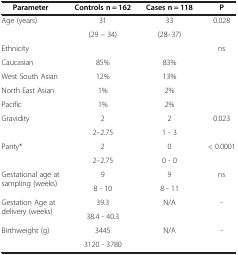
| Parameter | Controls n = 162 | Cases n = 118 | P |
 | --- | --- | --- | --- |
 | <ROWSPAN=2> Age (years) | 31 | 33 | <ROWSPAN=2> 0.028 |
 | (29 – 34) | (28–37) |
 | Ethnicity |  |  | <ROWSPAN=5> ns |
 | Caucasian | 85% | 83% |
 | West South Asian | 12% | 13% |
 | North East Asian | 1% | 2% |
 | Pacific | 1% | 2% |
 | <ROWSPAN=2> Gravidity | 2 | 2 | <ROWSPAN=2> 0.023 |
 | 2–2.75 | 1 - 3 |
 | <ROWSPAN=2> Parity* | 2 | 0 | <ROWSPAN=2> < 0.0001 |
 | 2–2.75 | 0 - 0 |
 | <ROWSPAN=2> Gestational age at sampling (weeks) | 9 | 9 | <ROWSPAN=2> ns |
 | 8 - 10 | 8 - 11 |
 | <ROWSPAN=2> Gestation Age at delivery (weeks) | 39.3 | <ROWSPAN=2> N/A | <ROWSPAN=2> - |
 | 38.4 - 40.3 |
 | <ROWSPAN=2> Birthweight (g) | 3445 | <ROWSPAN=2> N/A | <ROWSPAN=2> - |
 | 3120 - 3780 |